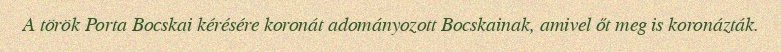
A török Porta Bocskai kérésére koronát adományozott Bocskainak, amivel őt meg is koronázták.